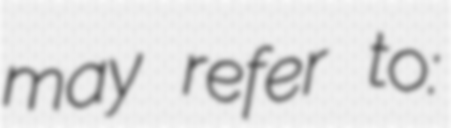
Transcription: may refer to: